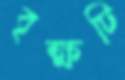
বৃক্ষটি